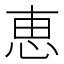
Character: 恵